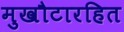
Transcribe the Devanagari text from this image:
मुखौटारहित